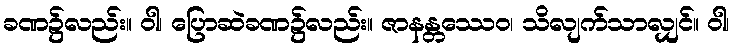
ခဏ၌လည်း။ ဝါ၊ ပြောဆဲခဏ၌လည်း။ ဇာနန္တဿေဝ၊ သိလျက်သာလျှင်။ ဝါ၊